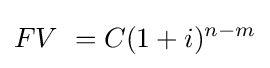
FV\ =C(1+i)^{n-m}